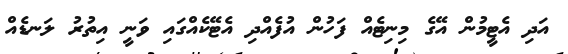
އަދި އެޓީމުން އޭގެ މިނިޓެއް ފަހުން އުފެއްދި އެޓޭކެއްގައި ވަނީ އިތުރު ލަނޑެއް